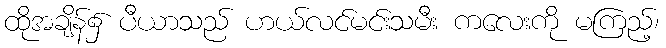
ထိုအချိန်၌ ပီယာသည် ဟယ်လင်မင်းသမီး ကလေးကို မကြည့်၊